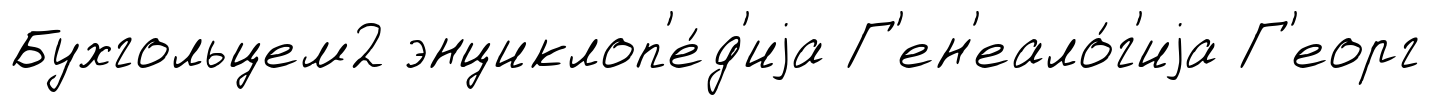
Бухгольцем2 энциклоп'е́д'иjа Г'ен'еало́г'иjа Г'еорг